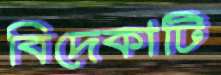
বিদেকাটি